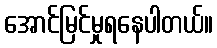
အောင်မြင်မှုရနေပါတယ်။